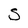
Character: S